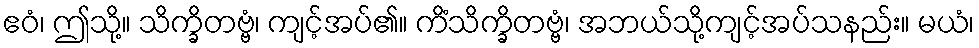
ဧဝံ၊ ဤသို့။ သိက္ခိတဗ္ဗံ၊ ကျင့်အပ်၏။ ကိံသိက္ခိတဗ္ဗံ၊ အဘယ်သို့ကျင့်အပ်သနည်း။ မယံ၊